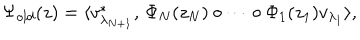
\Psi _ { o l d } ( z ) = \langle v _ { \lambda _ { N + 1 } } ^ { \ast } , \, \Phi _ { N } ( z _ { N } ) \circ \cdots \circ \Phi _ { 1 } ( z _ { 1 } ) v _ { \lambda _ { 1 } } \rangle ,